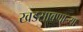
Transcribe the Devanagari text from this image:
खडसावणार्‍या